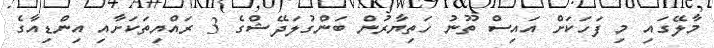
މާލޭގައި މި ފަހަކަށް އައިސް ތޫނު ހަތިޔާރުން ބަންގުލަދޭޝްގެ 3 ރައްޔިތަކަށާއި އިންޑިއާގެ